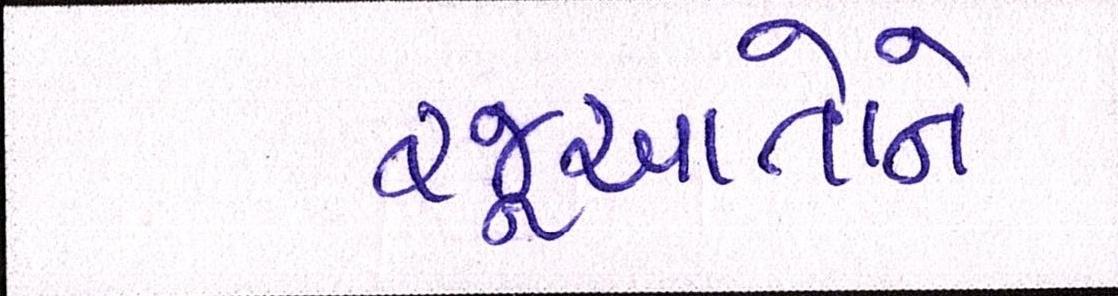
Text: રજૂઆતોને